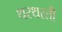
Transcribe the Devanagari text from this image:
थरथरती